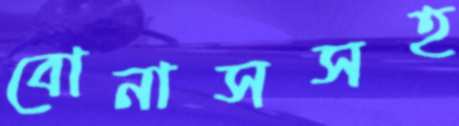
বোনাসসহ